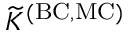
\widetilde { K } ^ { \mathrm { ( B C , M C ) } }